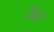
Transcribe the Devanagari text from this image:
थित